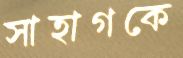
সাহাগকে